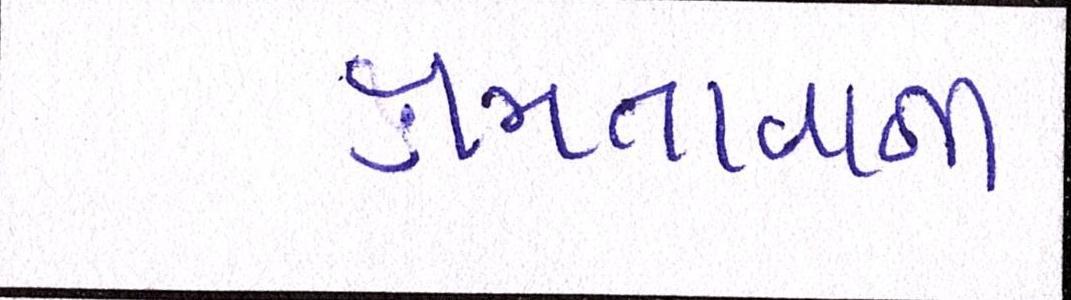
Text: ક્ષમતાવાળી